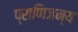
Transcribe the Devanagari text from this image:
प्राणिजन्य